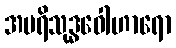
အပရိသုဒ္ဓဝေါဟာရော